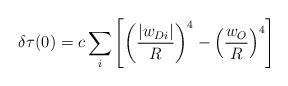
LaTeX: \begin{align*}\delta \tau (0) = c \sum_i \left[\left(\frac{|w_{Di}|}{R}\right)^4 -\left(\frac{w_{O}}{R}\right)^4\right]\end{align*}